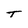
Character: T